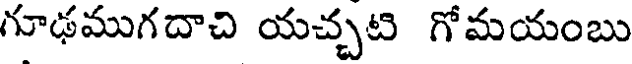
గూఢముగదాచి యచ్చటి గోమయంబు